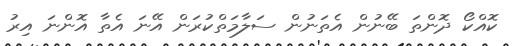
ކޮއްކޯ ދޮންތަ ބޭނުން އެތަނުން ސަލާމަތްކުރަން އޭނަ އެތާ އޮންނަ އިރު